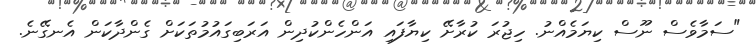
"ސަމާވެސް ނޫސް ކިޔަމެއްނު. ހިޖުރަ ކުރާށޭ ކިޔާފައި އަންހެންކުދިން އަރަބިގައުމުތަކަށް ގެންދާކަން އެނގޭނެ.